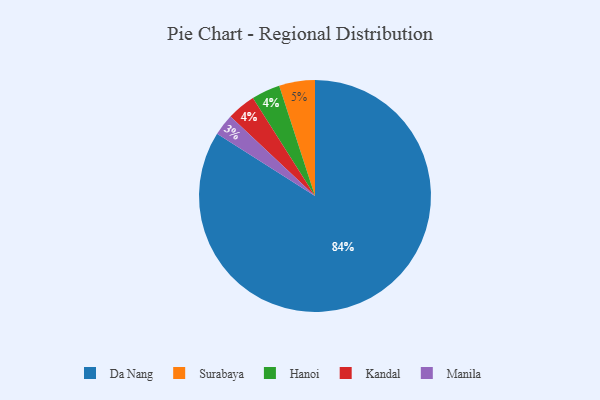
{"axis": {"x": "Category", "y": "Percentage"}, "legend": ["Da Nang", "Hanoi", "Kandal", "Manila", "Surabaya"], "data": [{"x": "Da Nang", "y": 84, "type": "Da Nang"}, {"x": "Hanoi", "y": 4, "type": "Hanoi"}, {"x": "Kandal", "y": 4, "type": "Kandal"}, {"x": "Manila", "y": 3, "type": "Manila"}, {"x": "Surabaya", "y": 5, "type": "Surabaya"}]}